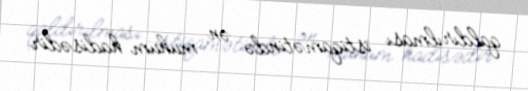
qaldırılması istiqamətində ən mühüm hadisədir.